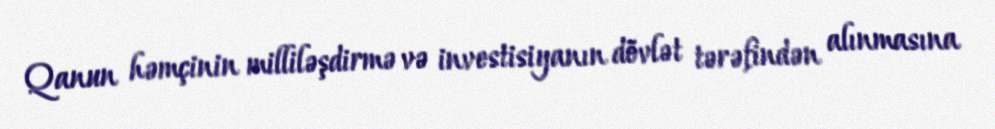
Qanun həmçinin milliləşdirmə və investisiyanın dövlət tərəfindən alınmasına